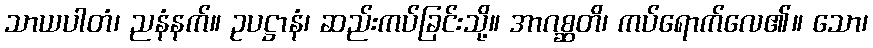
သာယပါတံ၊ ညနံနက်။ ဥပဋ္ဌာနံ၊ ဆည်းကပ်ခြင်းသို့။ အာဂစ္ဆတိ၊ ကပ်ရောက်လေ၏။ သော၊